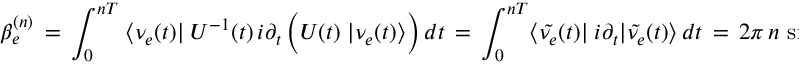
\beta _ { e } ^ { ( n ) } \, = \, \int _ { 0 } ^ { n T } \; \langle \nu _ { e } ( t ) | \; U ^ { - 1 } ( t ) \, i \partial _ { t } \, \Big ( U ( t ) \; | \nu _ { e } ( t ) \rangle \Big ) \, d t \, = \, \int _ { 0 } ^ { n T } \langle \tilde { \nu _ { e } } ( t ) | \; i \partial _ { t } | \tilde { \nu _ { e } } ( t ) \rangle \, d t \, = \, 2 \pi \, n \, \sin ^ { 2 } \theta \, ,